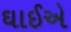
ઘાઈએ